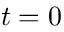
t = 0